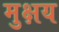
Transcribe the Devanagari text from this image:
मुक्षय